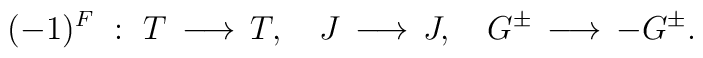
(-1)^F~:~T\,\longrightarrow\, T,~~~J\,\longrightarrow\, J,~~~G^{\pm}\,\longrightarrow\, -G^{\pm} .